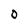
Character: O